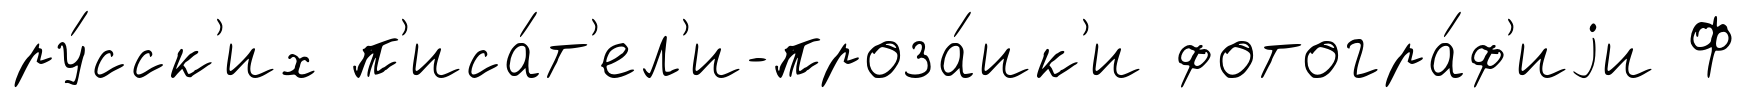
ру́сск'их п'иса́т'ел'и-проза́ик'и фотогра́ф'иjи Ф